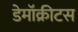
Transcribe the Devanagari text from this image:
डेमॉक्रीटस